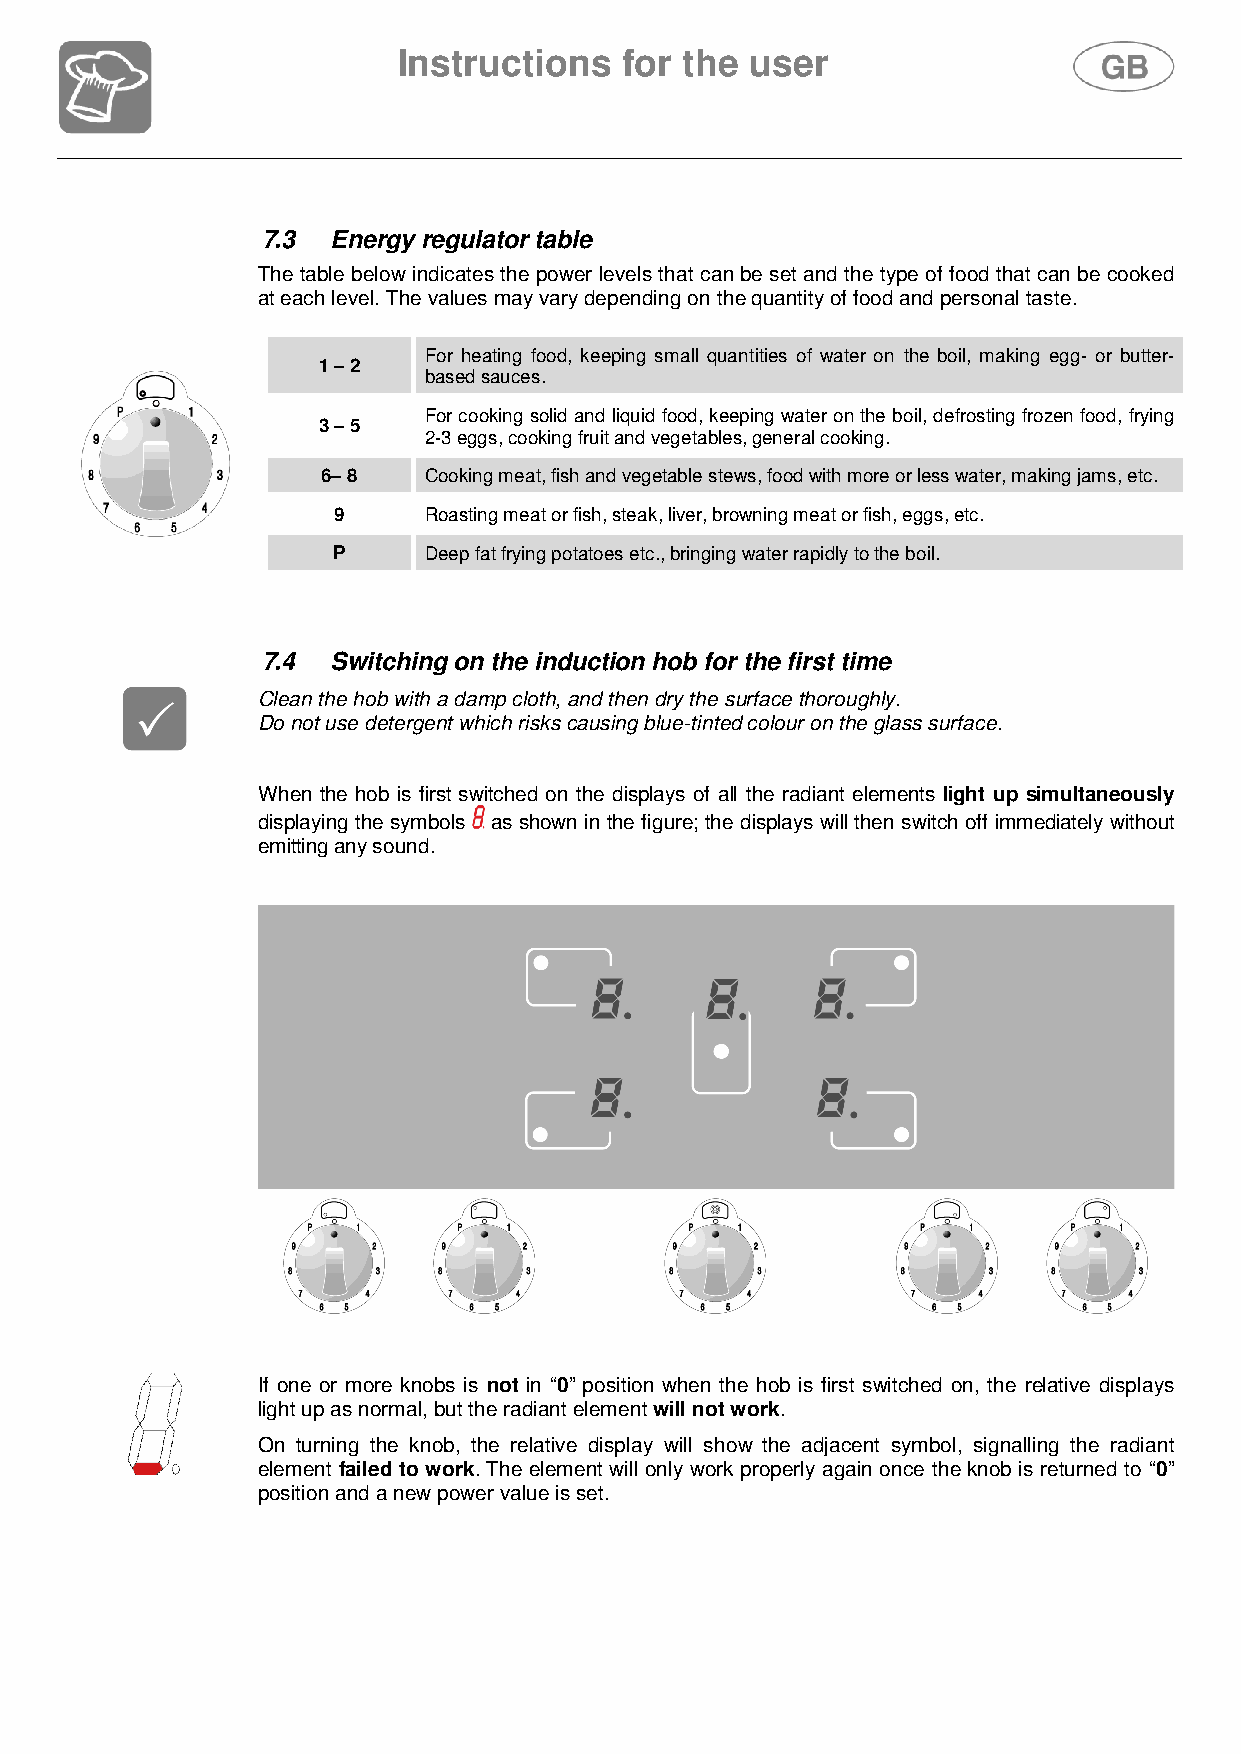
Instructions   for the  user
 7.3  Energy regulator table
 The table below indicates the power levels that can be set and the type of food that can be cooked
 at each level. The values may vary depending on the quantity of food and personal taste.
 1 – 2  For heating food, keeping small quantities of water on the boil, making egg- or butter-
 based sauces.
 3 – 5  For cooking solid and liquid food, keeping water on the boil, defrosting frozen food, frying
 2-3 eggs, cooking fruit and vegetables, general cooking.
 6– 8   Cooking meat, fish and vegetable stews, food with more or less water, making jams, etc.
 9     Roasting meat or fish, steak, liver, browning meat or fish, eggs, etc.
 P     Deep fat frying potatoes etc., bringing water rapidly to the boil.
 7.4  Switching on the induction hob for the first time
 Clean the hob with a damp cloth, and then dry the surface thoroughly.
 Do not use detergent which risks causing blue-tinted colour on the glass surface.
 When the hob is first switched on the displays of all the radiant elements light up simultaneously
 displaying the symbols as shown in the figure; the displays will then switch off immediately without
 emitting any sound.
 If one or more knobs is not in “0” position when the hob is first switched on, the relative displays
 light up as normal, but the radiant element will not work.
 On turning the knob, the relative display will show the adjacent symbol, signalling the radiant
 element failed to work. The element will only work properly again once the knob is returned to “0”
 position and a new power value is set.
 93